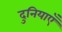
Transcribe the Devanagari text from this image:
दुनियाएँ